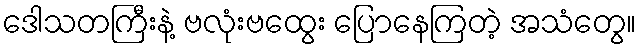
ဒေါသတကြီးနဲ့ ဗလုံးဗထွေး ပြောနေကြတဲ့ အသံတွေ။